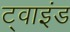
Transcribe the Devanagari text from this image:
ट्वाइंड